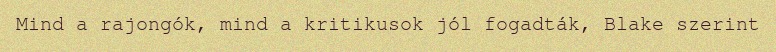
Mind a rajongók, mind a kritikusok jól fogadták, Blake szerint